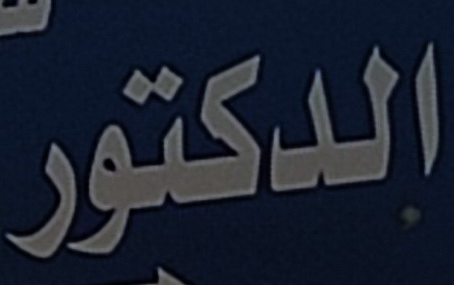
الدكتور